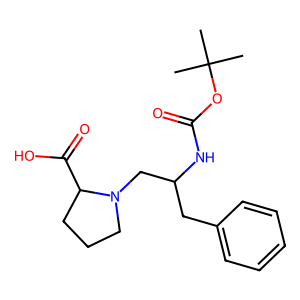
SMILES: CC(C)(C)OC(=O)NC(Cc1ccccc1)CN1CCCC1C(=O)O
Inhibits HIV replication: No